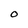
Character: O